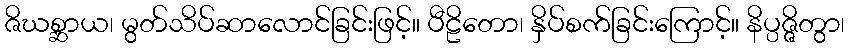
ဇိဃစ္ဆာယ၊ မွတ်သိပ်ဆာလောင်ခြင်းဖြင့်။ ပီဠိတော၊ နှိပ်စက်ခြင်းကြောင့်။ နိပ္ပဇ္ဇိတွာ၊